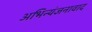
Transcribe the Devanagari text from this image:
अभिन्यंजनावाद